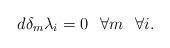
LaTeX: \begin{align*}d\delta_m\lambda_i=0\hskip .3truecm \forall m\hskip .3truecm \forall i.\end{align*}